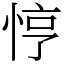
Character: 悙